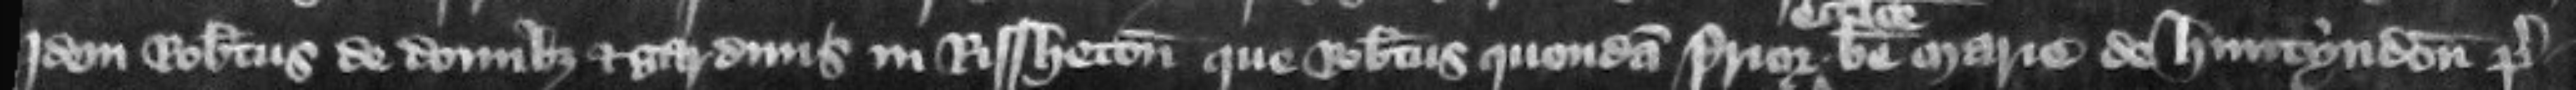
idem Robertus de domibus et gardinis in Rissheton que Robertus quondam prior ecclesie beate Marie de Huntyndon pre